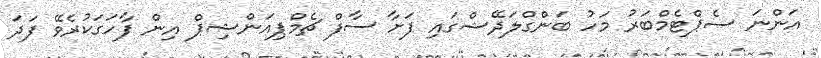
އަންނަ ސެޕްޓެމްބަރު މަހު ބަންގްލަދޭޝްގައި ފަށާ ސާފް ޗެމްޕިއަންޝިޕް އިން ފާހަގަކުރެވޭ ފަދަ